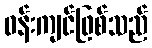
ဝန်းကျင်ဖြစ်သည်